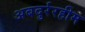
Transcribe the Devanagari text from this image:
अबदुर्ररहीम